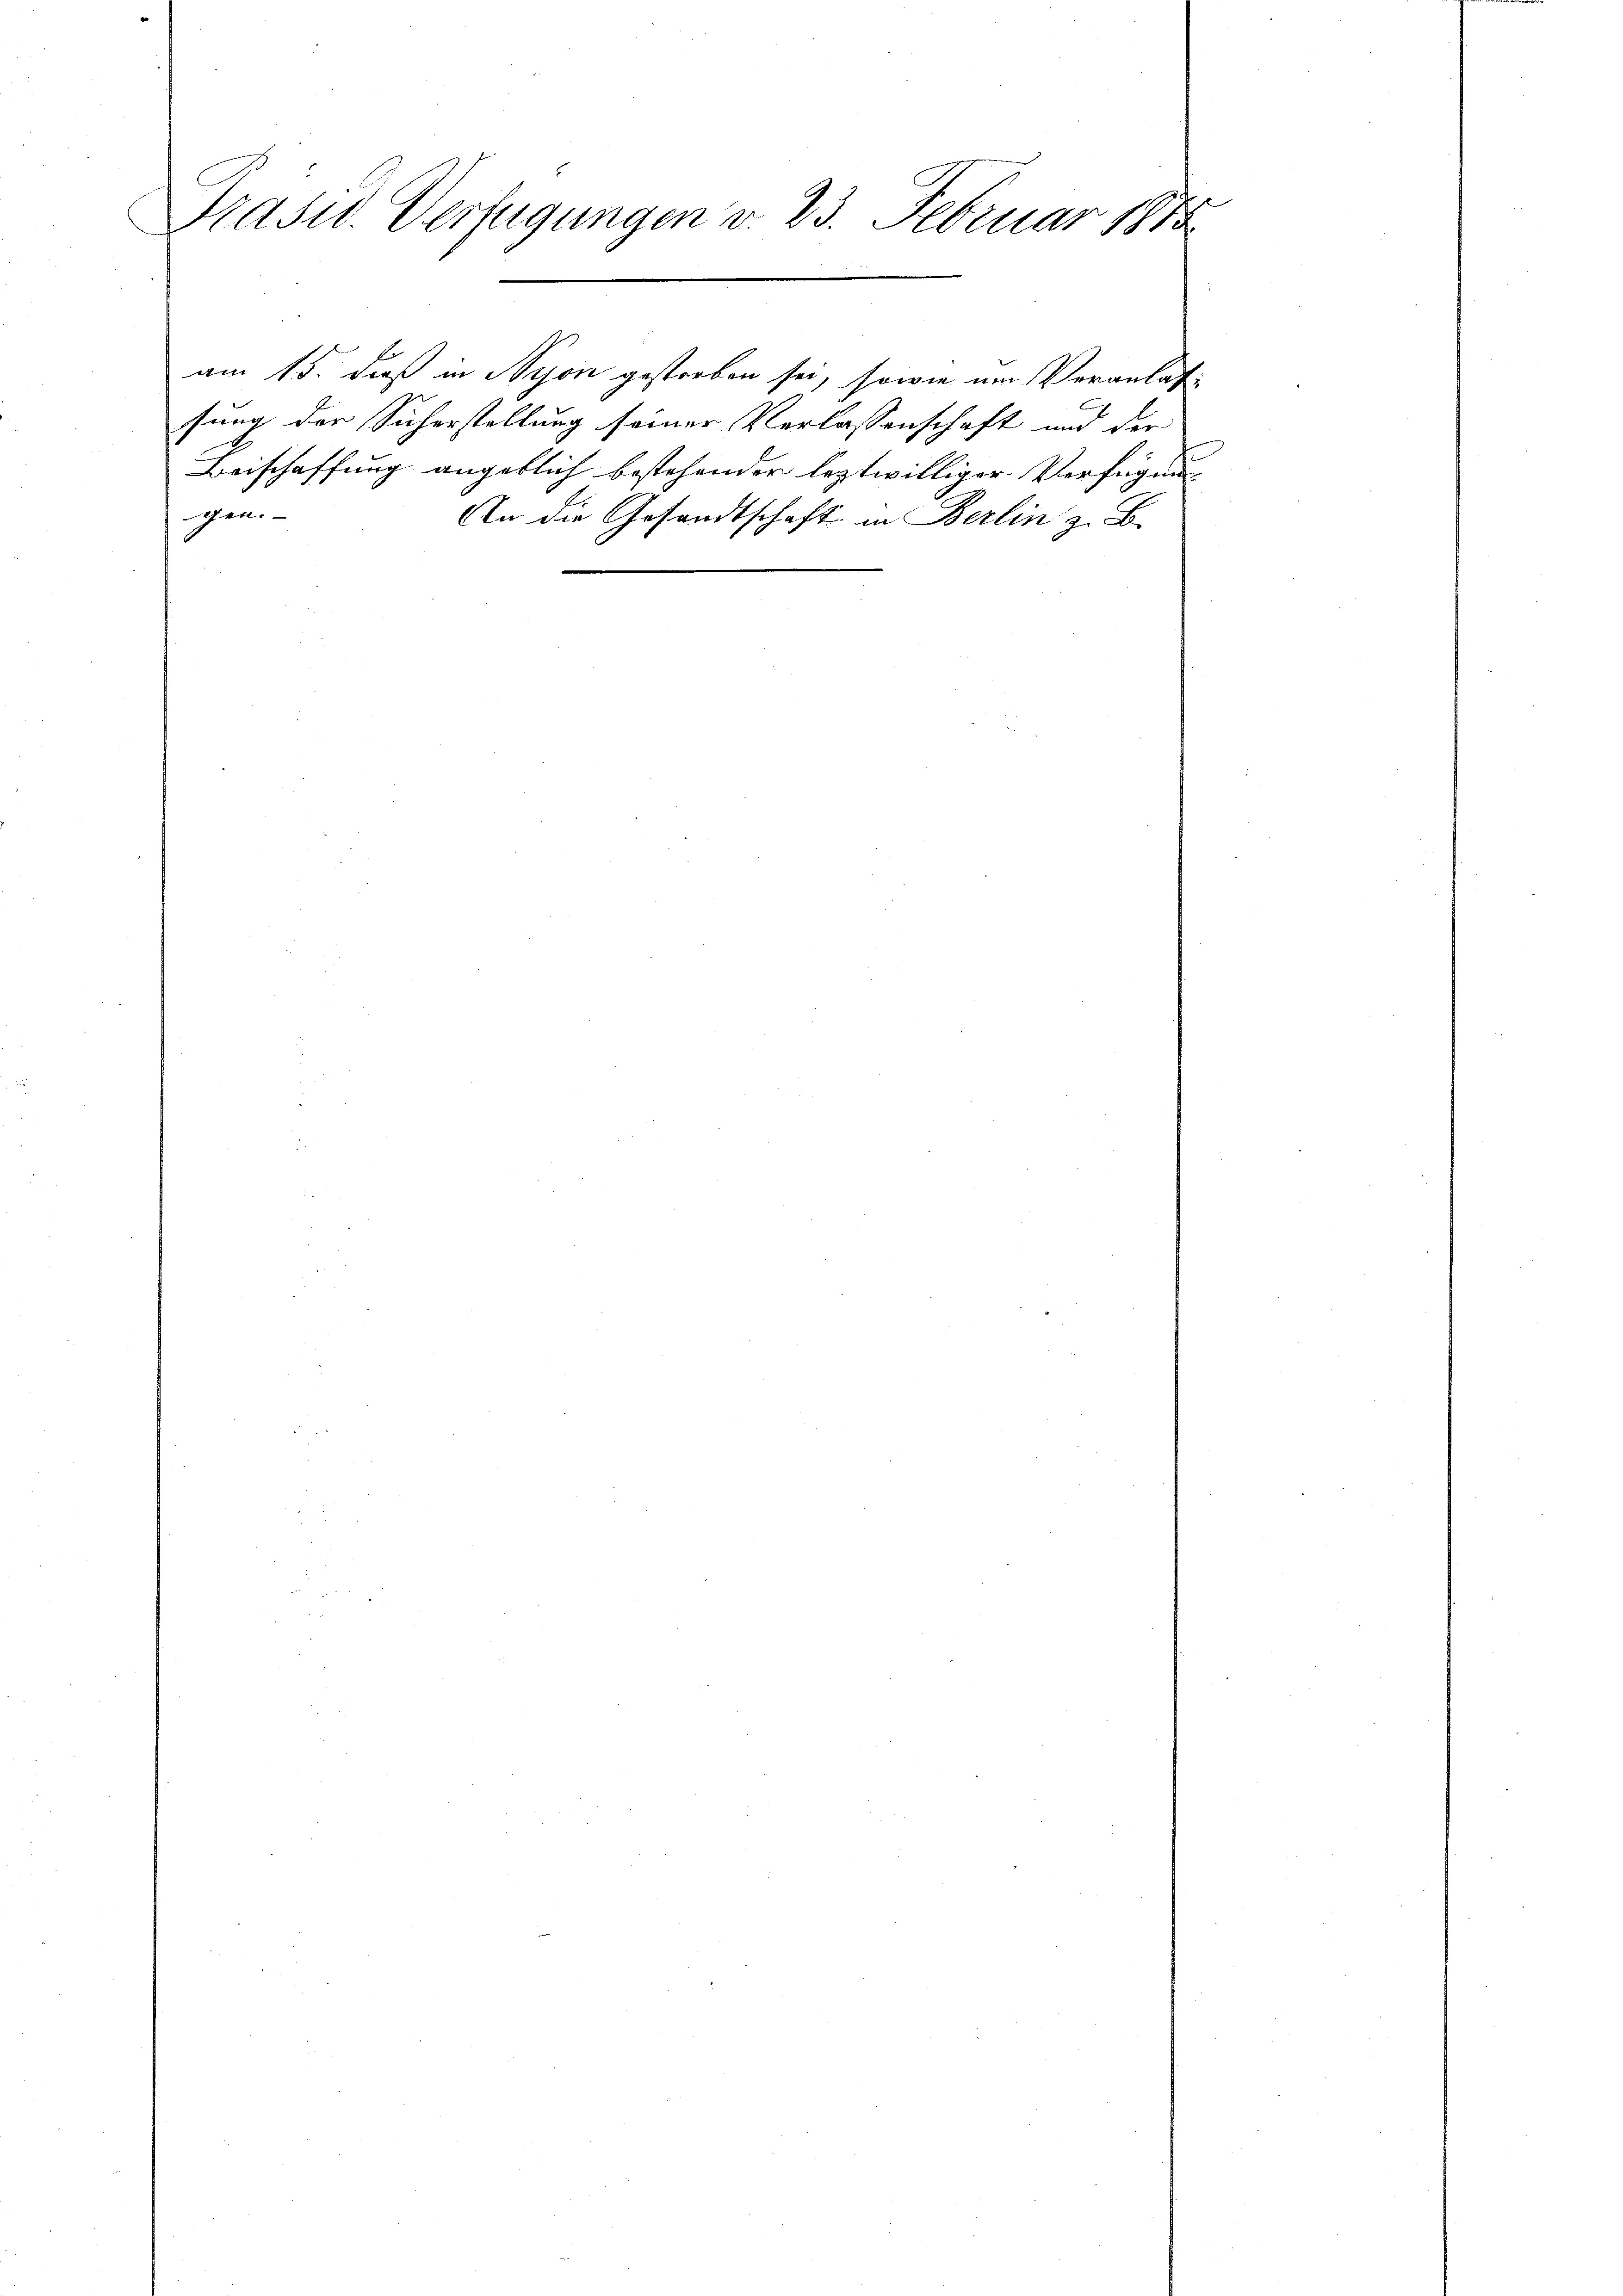
Präsid. Verfügungen v. 23. Februar 1873

am 15. dieß in Nyon gestorben sei, sowie am Veranlas-
sung der Sicherstellung seiner Verlassenschaft und der
Beischaffung angeblich bestehender leztwilliger Verfügung
gen.
An die Gesandtschaft in Berlin z. B.